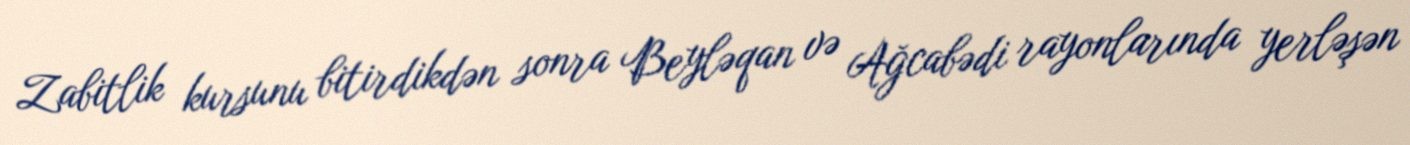
Zabitlik kursunu bitirdikdən sonra Beyləqan və Ağcabədi rayonlarında yerləşən